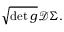
{ \sqrt { \operatorname* { d e t } g } } { \mathcal { D } } \Sigma .